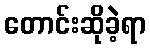
တောင်းဆိုခဲ့ရာ